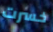
خسرت